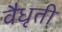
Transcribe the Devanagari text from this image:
वैधृती